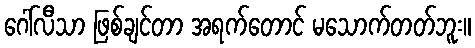
ဂေါ်လီသာ ဖြစ်ချင်တာ အရက်တောင် မသောက်တတ်ဘူး။